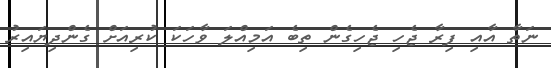
ނަތާ އާއި ފިރާ ޖެހި ޖެހިގެން ތިބެ އަމިއްލަ ވާހަކަ ކުރިއަށް ގެންދިޔައިރު